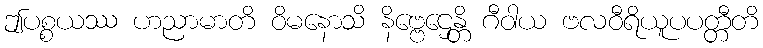
ဤပစ္စယဿ ဟညာမာတိ ဝိမနောသိ နိဗ္ဗေဌေန္တိ ဂီဝါယ ဗလဝီရိယူပပတ္တီတိ